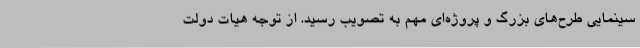
سینمایی طرح‌های بزرگ و پروژه‌ای مهم به تصویب رسید. از توجه هیات دولت